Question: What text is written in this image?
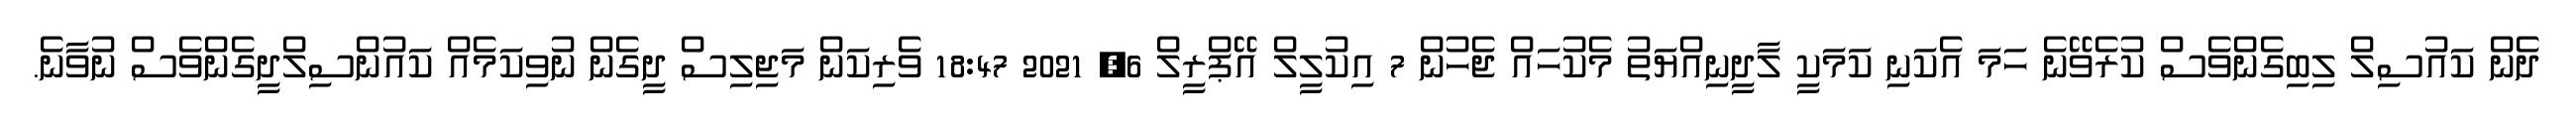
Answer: ދެން ކައުސިލް ލިބިގެންވެސް ކުރެވޭނެ ހަމަ އެކަނި ކަމަކީ ލާދީނިއްޔަތު މެކުހައް ޖެހުން 7 އިކުލީލް އޭޕްރީލް 6, 2021 18:47 ވެރިކަން މަޖިލިސް ދީގެން ނުވިކަމެއް ކައުންސިލްދީގެންވެސް ނުވާނެ.